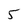
Character: 5